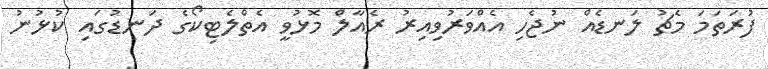
ފުރަތަމަ މެޗު ލަނޑެއް ނުޖެހި އެއްވަރުވިއިރު ރެއާލް މޮޅުވީ އެތްލެޓިކޯގެ ދަނޑުގައި ކުޅުނު